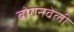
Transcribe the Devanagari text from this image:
बोगनवेली